Scottish Leaving Certificate Examination, 1958
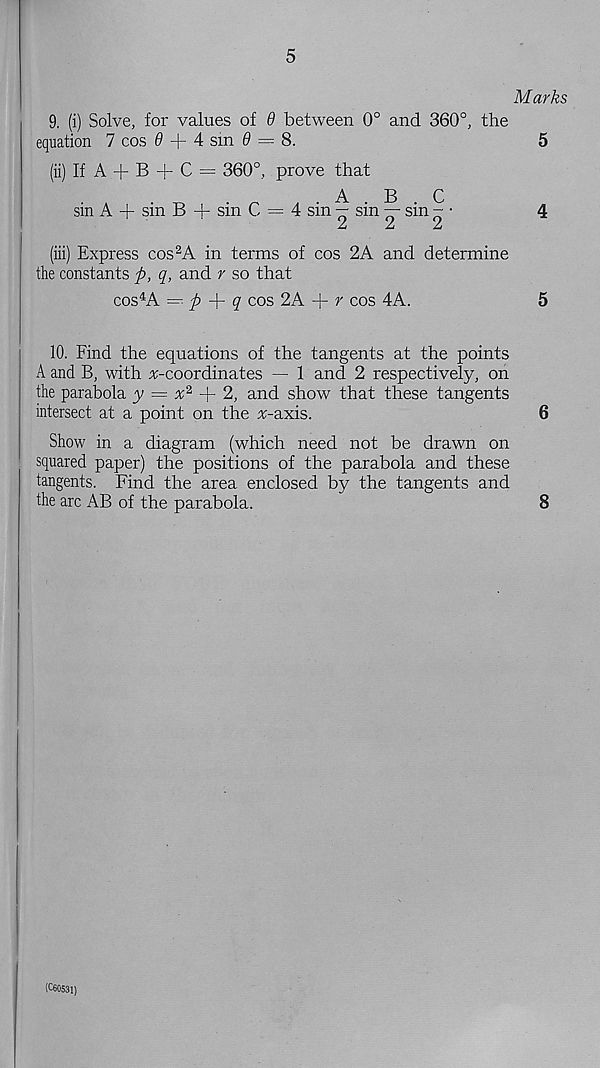
5
Marks
9. (i) Solve, for values of 9 between 0° and 360°, the
equation 7 cos 0 + 4 sm 0 = 8.
5
(ii) If A + B + C = 360°, prove that
, . A . B . C
sm A + sm B + sm C = 4 sm — sm — sm - •
4
At
/u
jL
(iii) Express cos 2 A in terms of cos 2A and determine
the constants -p, q, and r so that
cos 4 A =r. p
q cos 2A + r cos 4A.
5
10. Find the equations of the tangents at the points
A and B, with ^-coordinates — 1 and 2 respectively, on
the parabola y = a; 2 + 2, and show that these tangents
intersect at a point on the a;-axis.
6
Show in a diagram (which need not be drawn on
squared paper) the positions of the parabola and these
tangents. Find the area enclosed by the tangents and
the arc AB of the parabola.
8
(C60531)